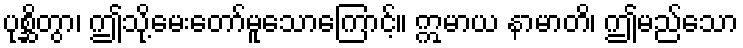
ပုစ္ဆိတွာ၊ ဤသို့မေးတော်မူသောကြောင့်။ ဣမာယ နာမာတိ၊ ဤမည်သော